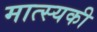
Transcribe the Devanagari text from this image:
मात्स्यकी